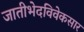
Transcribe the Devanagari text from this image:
जातीभेदविवेकसार